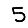
Digit: 5